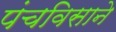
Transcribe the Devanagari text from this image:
पंचविसाने